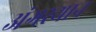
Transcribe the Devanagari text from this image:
अंगस्थान